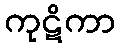
ကုဋိကာ